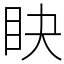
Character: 䀗